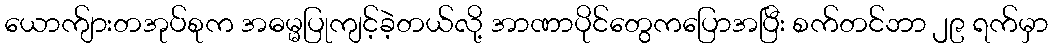
ယောက်ျားတအုပ်စုက အဓမ္မပြုကျင့်ခဲ့တယ်လို့ အာဏာပိုင်တွေကပြောအပြီး စက်တင်ဘာ ၂၉ ရက်မှာ